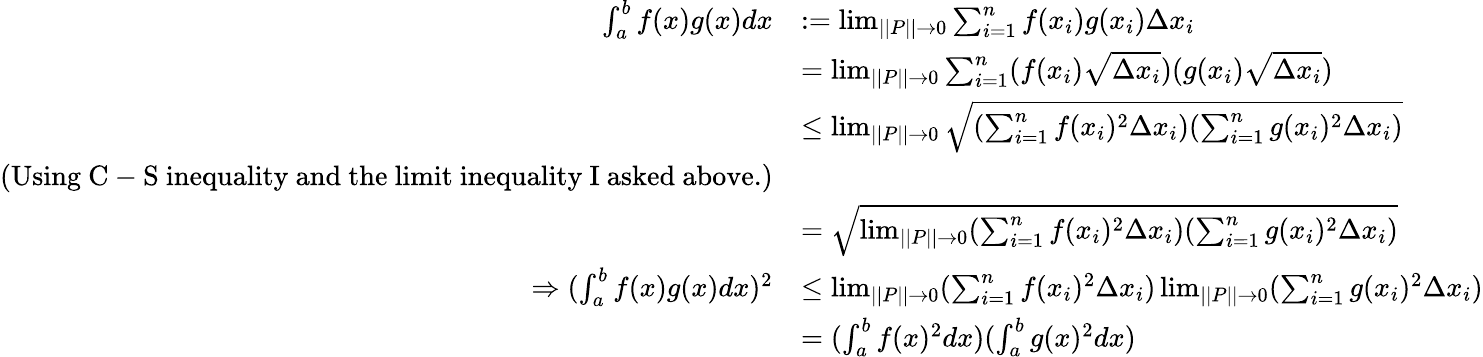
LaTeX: \begin{array}{rl}{\int_{a}^{b}f(x)g(x)dx}&{:=\operatorname*{lim}_{||P||\rightarrow 0}\sum_{i=1}^{n}f(x_{i})g(x_{i})\Delta x_{i}}\\ &{=\operatorname*{lim}_{||P||\rightarrow 0}\sum_{i=1}^{n}(f(x_{i})\sqrt{\Delta x_{i}})(g(x_{i})\sqrt{\Delta x_{i}})}\\ &{\leq\operatorname*{lim}_{||P||\rightarrow 0}\sqrt{(\sum_{i=1}^{n}f(x_{i})^{2}\Delta x_{i})(\sum_{i=1}^{n}g(x_{i})^{2}\Delta x_{i})}}\\ {(\mathrm{Using~C-S~inequality~and~the~limit~inequality~I~asked~above.})}\\ &{=\sqrt{\operatorname*{lim}_{||P||\rightarrow 0}(\sum_{i=1}^{n}f(x_{i})^{2}\Delta x_{i})(\sum_{i=1}^{n}g(x_{i})^{2}\Delta x_{i})}}\\ {\Rightarrow(\int_{a}^{b}f(x)g(x)dx)^{2}}&{\leq\operatorname*{lim}_{||P||\rightarrow 0}(\sum_{i=1}^{n}f(x_{i})^{2}\Delta x_{i})\operatorname*{lim}_{||P||\rightarrow 0}(\sum_{i=1}^{n}g(x_{i})^{2}\Delta x_{i})}\\ &{=(\int_{a}^{b}f(x)^{2}dx)(\int_{a}^{b}g(x)^{2}dx)}\end{array}